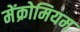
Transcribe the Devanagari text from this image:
मेंक्रोमियम